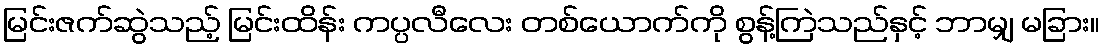
မြင်းဇက်ဆွဲသည့် မြင်းထိန်း ကပ္ပလီလေး တစ်ယောက်ကို စွန့်ကြဲသည်နှင့် ဘာမျှ မခြား။